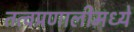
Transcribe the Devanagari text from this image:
तत्वप्रणालीमध्ये